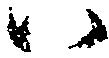
ハ